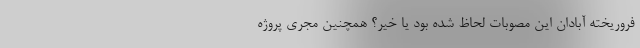
فروریخته آبادان این مصوبات لحاظ شده بود یا خیر؟ همچنین مجری پروژه